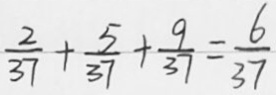
\frac { 2 } { 3 7 } + \frac { 5 } { 3 7 } + \frac { 9 } { 3 7 } = \frac { 6 } { 3 7 }